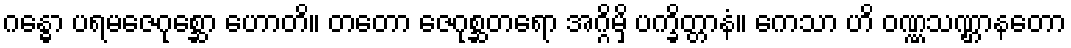
ဂန္ဓော ပရမဇေဂုစ္ဆော ဟောတိ။ တတော ဇေဂုစ္ဆတရော အဂ္ဂိမှိ ပက္ခိတ္တာနံ။ ကေသာ ဟိ ဝဏ္ဏသဏ္ဌာနတော